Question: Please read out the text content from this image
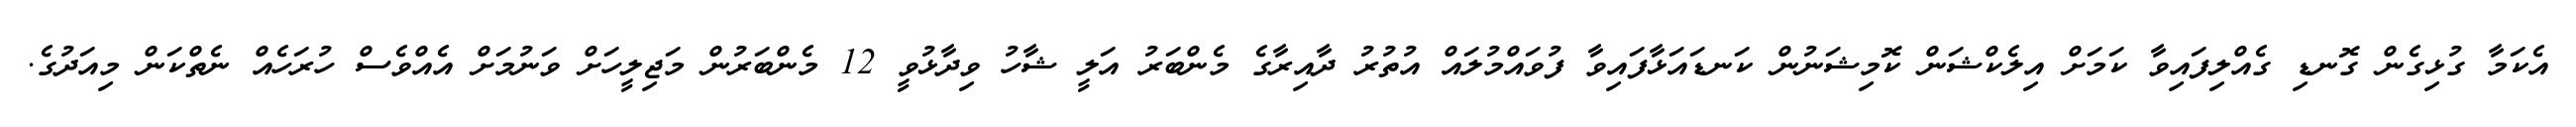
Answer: އެކަމާ ގުޅިގެން ގޮނޑި ގެއްލިފައިވާ ކަމަށް އިލެކްޝަން ކޮމިޝަނުން ކަނޑައަޅާފައިވާ ފުވައްމުލައް އުތުރު ދާއިރާގެ މެންބަރު އަލީ ޝާހު ވިދާޅުވީ 12 މެންބަރުން މަޖިލީހަށް ވަނުމަށް އެއްވެސް ހުރަހެއް ނެތްކަން މިއަދުގެ.